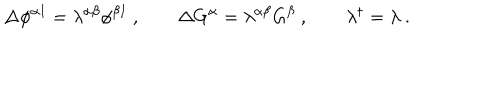
\Delta \phi ^ { \alpha I } = \lambda ^ { \alpha \beta } \phi ^ { \beta I } \ , \qquad \Delta G ^ { \alpha } = \lambda ^ { \alpha \beta } G ^ { \beta } \ , \qquad \lambda ^ { \dagger } = \lambda \ .